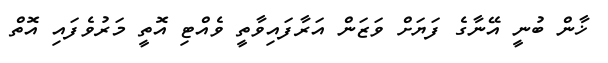
ޚާން ބުނީ އޭނާގެ ފަޔަށް ވަޒަން އަރާފައިވާތީ ވެއްޓި އޮތީ މަރުވެފައި އޮތް